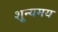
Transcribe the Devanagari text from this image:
शून्यमय